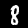
Digit: 8